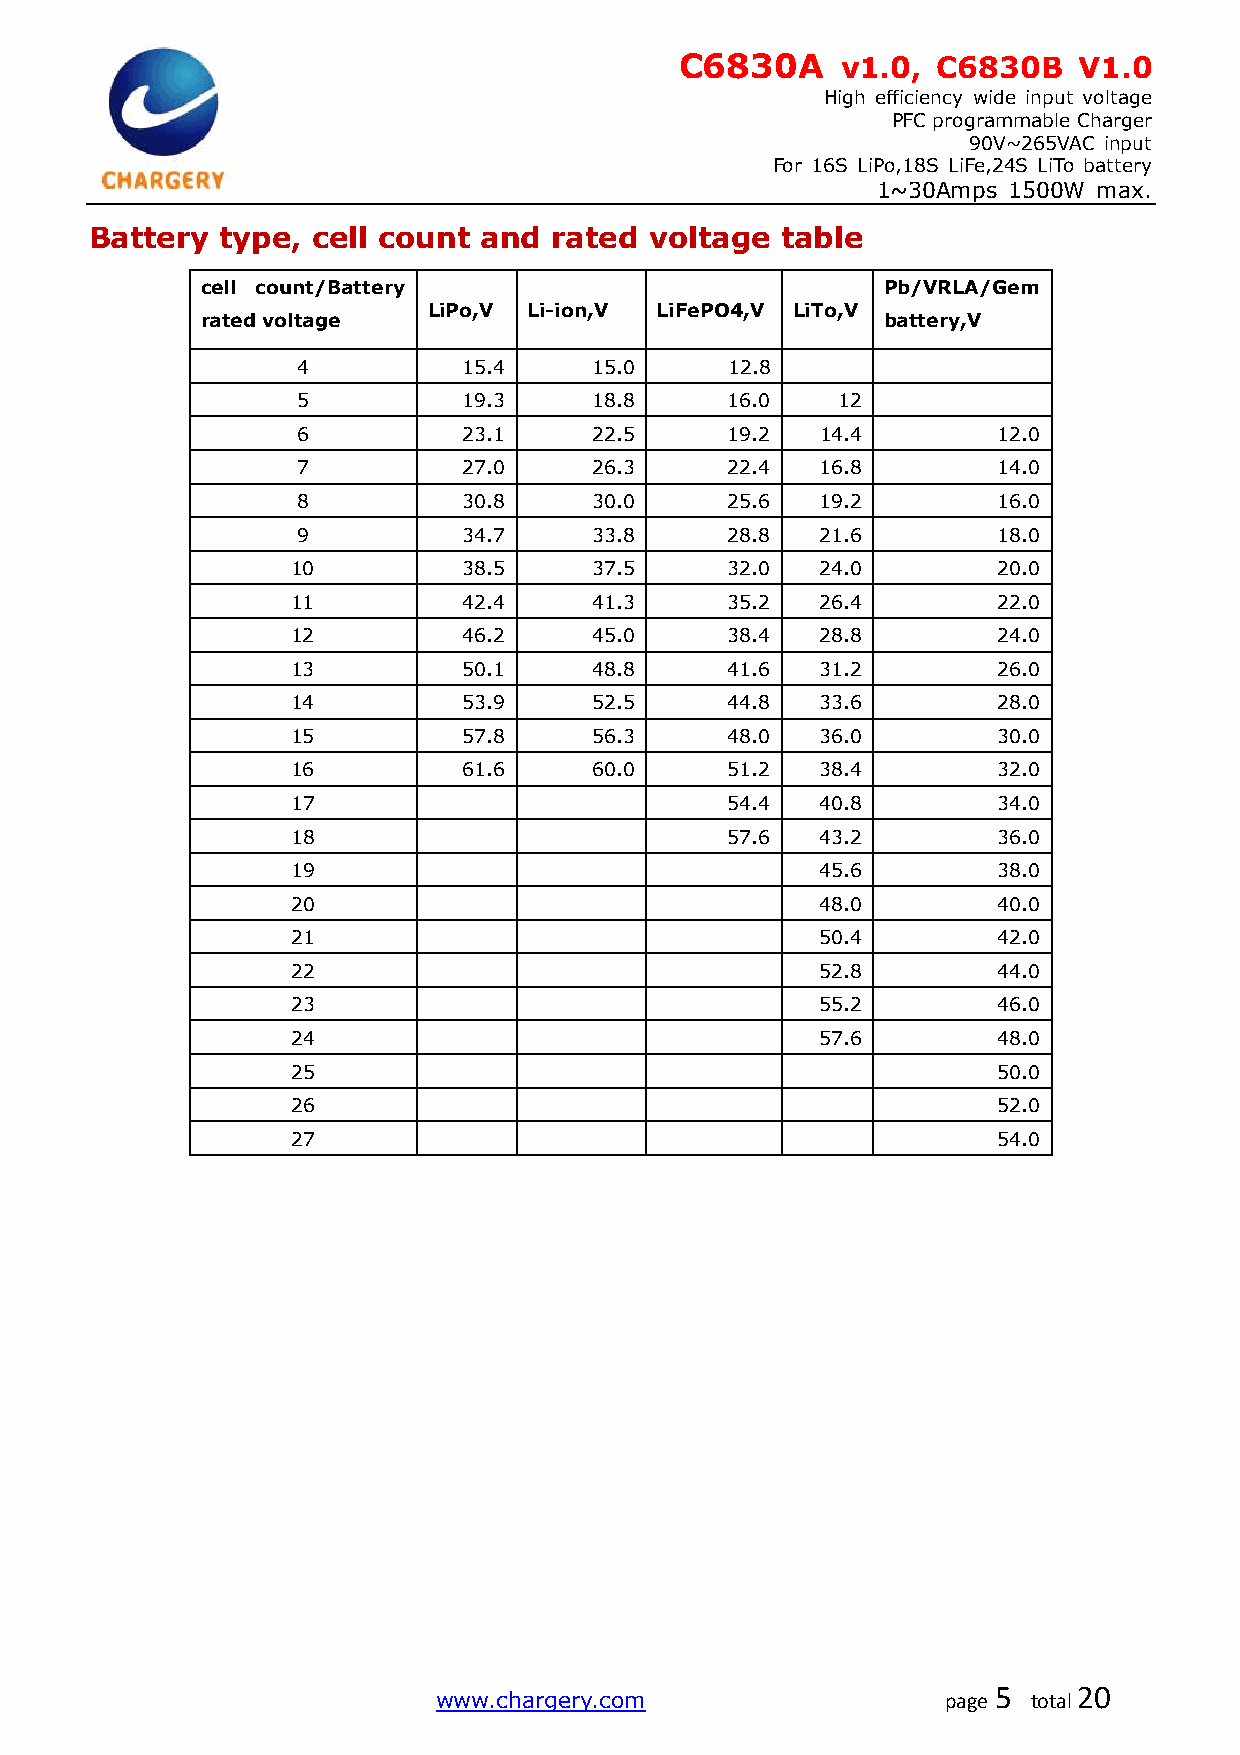
C6830A     v1.0, C6830B   V1.0
 High efficiency wide input voltage
 PFC programmable Charger
 90V~265VAC input
 For 16S LiPo,18S LiFe,24S LiTo battery
 1~30Amps 1500W max.
 Battery  type, cell count and  rated voltage  table
 cell count/Battery                            Pb/VRLA/Gem
 LiPo,V Li-ion,V LiFePO4,V LiTo,V
 rated voltage                                 battery,V
 4          15.4    15.0     12.8
 5          19.3    18.8     16.0   12
 6          23.1    22.5     19.2  14.4        12.0
 7          27.0    26.3     22.4  16.8        14.0
 8          30.8    30.0     25.6  19.2        16.0
 9          34.7    33.8     28.8  21.6        18.0
 10          38.5    37.5     32.0  24.0        20.0
 11          42.4    41.3     35.2  26.4        22.0
 12          46.2    45.0     38.4  28.8        24.0
 13          50.1    48.8     41.6  31.2        26.0
 14          53.9    52.5     44.8  33.6        28.0
 15          57.8    56.3     48.0  36.0        30.0
 16          61.6    60.0     51.2  38.4        32.0
 17                           54.4  40.8        34.0
 18                           57.6  43.2        36.0
 19                                 45.6        38.0
 20                                 48.0        40.0
 21                                 50.4        42.0
 22                                 52.8        44.0
 23                                 55.2        46.0
 24                                 57.6        48.0
 25                                             50.0
 26                                             52.0
 27                                             54.0
 www.chargery.com                  page
 5
 total
 20